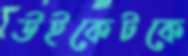
উইকেটকে